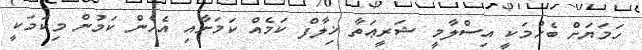
ހަމަޔަށް ބެހުމަކީ އިސްލާމީ ޝަރީޢަތާ ޚިލާފް ކަމެއް ކަމަށާއި އެހެން ކަމުން މިކަމަކީ